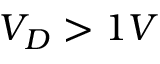
V _ { D } > 1 V